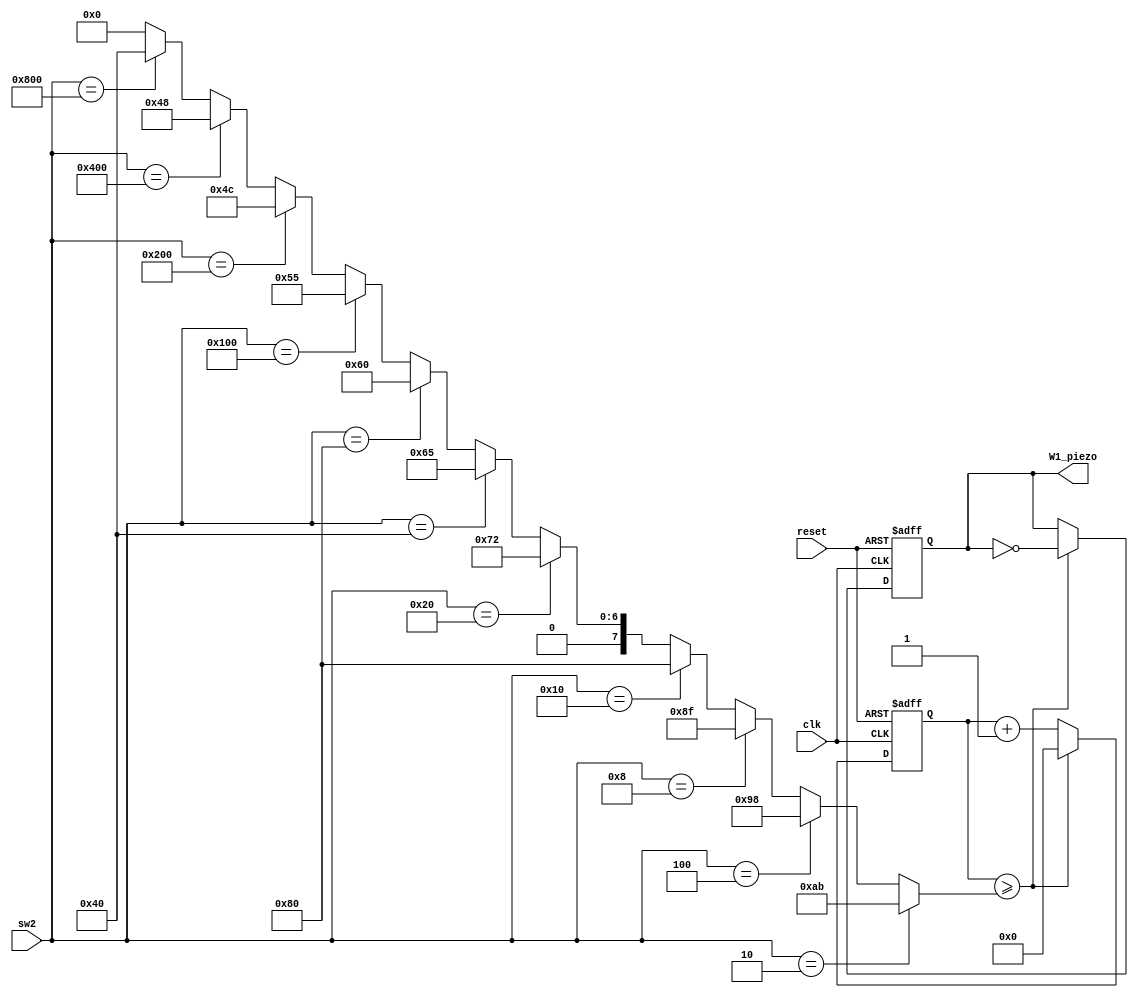
module piezo(
	input clk, reset,
	input [11:0] sw2,
	output reg W1_piezo
);

	reg [8:0] cnt1;

	wire [8:0] cnt;
	assign cnt =
		   (sw2==12'b000_000_000_010)? 171:
		   (sw2==12'b000_000_000_100)? 152:
		   (sw2==12'b000_000_001_000)? 143:
		   (sw2==12'b000_000_010_000)? 128:
		   (sw2==12'b000_000_100_000)? 114:
		   (sw2==12'b000_001_000_000)? 101:
		   (sw2==12'b000_010_000_000)? 96:
		   (sw2==12'b000_100_000_000)? 85:
		   (sw2==12'b001_000_000_000)? 76:
		   (sw2==12'b010_000_000_000)? 72:
		   (sw2==12'b100_000_000_000)? 64:0;

	always@(posedge clk or negedge reset) begin
		if(reset==1'b0) begin
			cnt1<=0;
			W1_piezo<=0;
		end
		else begin
			if(cnt1 >= cnt) begin
				W1_piezo <= ~W1_piezo;
				cnt1 <= 0;
			end
			else cnt1 <= cnt1+1;
		end
	end
endmodule